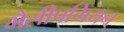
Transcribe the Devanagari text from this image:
मैलीपगियन